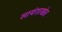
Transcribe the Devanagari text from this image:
सायंशाखेत